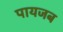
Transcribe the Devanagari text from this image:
पायजब